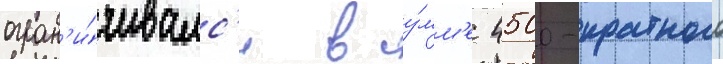
огран'и́чивалс'я в су́мм'е 4500-кратного